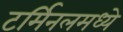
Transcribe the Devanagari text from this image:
टर्मिनलमध्ये